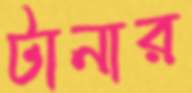
টানার